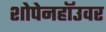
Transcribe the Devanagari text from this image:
शोपेनहॉउवर